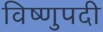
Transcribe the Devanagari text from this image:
विष्णुपदी